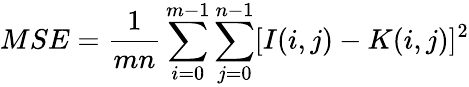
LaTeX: MSE=\frac{1}{mn}\sum_{i=0}^{m-1}\sum_{j=0}^{n-1}[I(i,j)-K(i,j)]^{2}